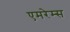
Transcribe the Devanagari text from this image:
एमरेम्स